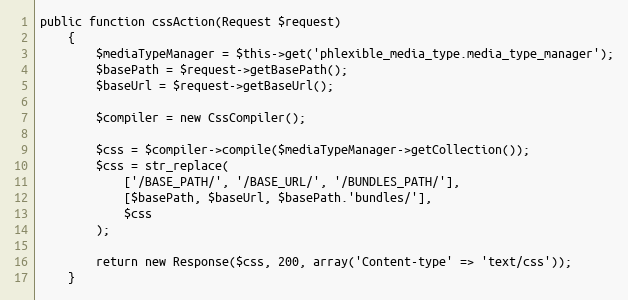
Language: PHP
public function cssAction(Request $request)
    {
        $mediaTypeManager = $this->get('phlexible_media_type.media_type_manager');
        $basePath = $request->getBasePath();
        $baseUrl = $request->getBaseUrl();

        $compiler = new CssCompiler();

        $css = $compiler->compile($mediaTypeManager->getCollection());
        $css = str_replace(
            ['/BASE_PATH/', '/BASE_URL/', '/BUNDLES_PATH/'],
            [$basePath, $baseUrl, $basePath.'bundles/'],
            $css
        );

        return new Response($css, 200, array('Content-type' => 'text/css'));
    }